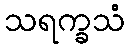
သရက္ခသံ